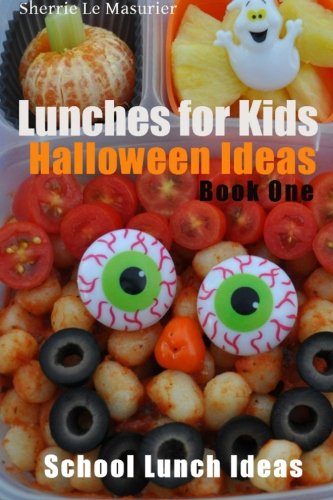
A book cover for Lunches For Kids: Halloween Ideas - Book One (School Lunch Ideas) (Volume 3); Sherrie Le Masurier; Cookbooks, Food & Wine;